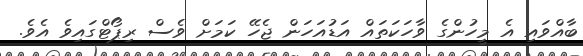
ބާއްވައި އެ މީހުންގެ ވާހަކަތައް އަޑުއަހަން ޖެހޭ ކަމަށް ވެސް ރިޕޯޓްގައިވެ އެވެ.